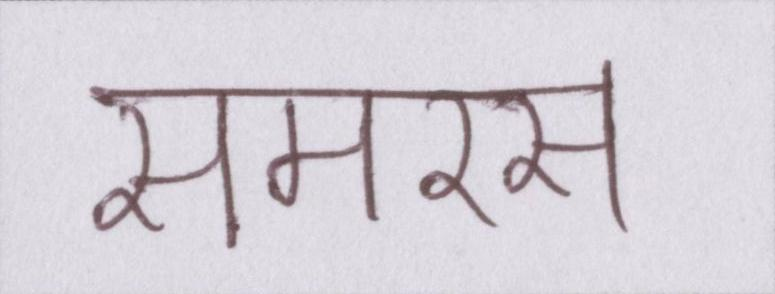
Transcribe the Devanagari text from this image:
समरस